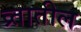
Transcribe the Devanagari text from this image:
व्र्तातील